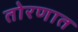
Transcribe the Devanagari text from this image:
तोरणात